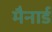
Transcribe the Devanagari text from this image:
मैनार्ड